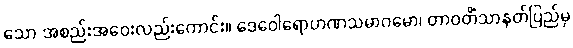
သော အစည်းအဝေးလည်းကောင်း။ ဒေဝေါရောဟဏသမာဂမော၊ တာဝတိံသာနတ်ပြည်မှ